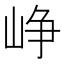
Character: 峥